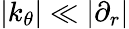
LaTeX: |k_{\theta}|\ll|\partial_{r}|